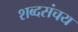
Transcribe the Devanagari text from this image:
शब्दसंचय